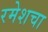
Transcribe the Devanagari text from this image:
रमेशचा